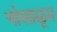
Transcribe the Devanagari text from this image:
चोखाळून